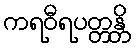
ကရဝီရပတ္တန္တိ